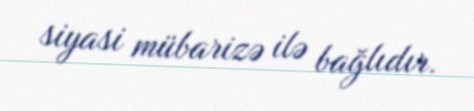
siyasi mübarizə ilə bağlıdır.